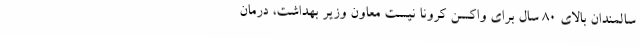
سالمندان بالای ۸۰ سال برای واکسن کرونا نیست معاون وزیر بهداشت، درمان